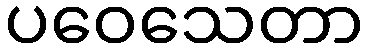
ပဝေသေတာ